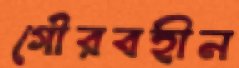
গৌরবহীন